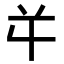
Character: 𭁄